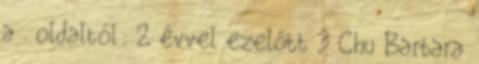
a . oldaltól: 2 évvel ezelőtt 3 Chu Barbara